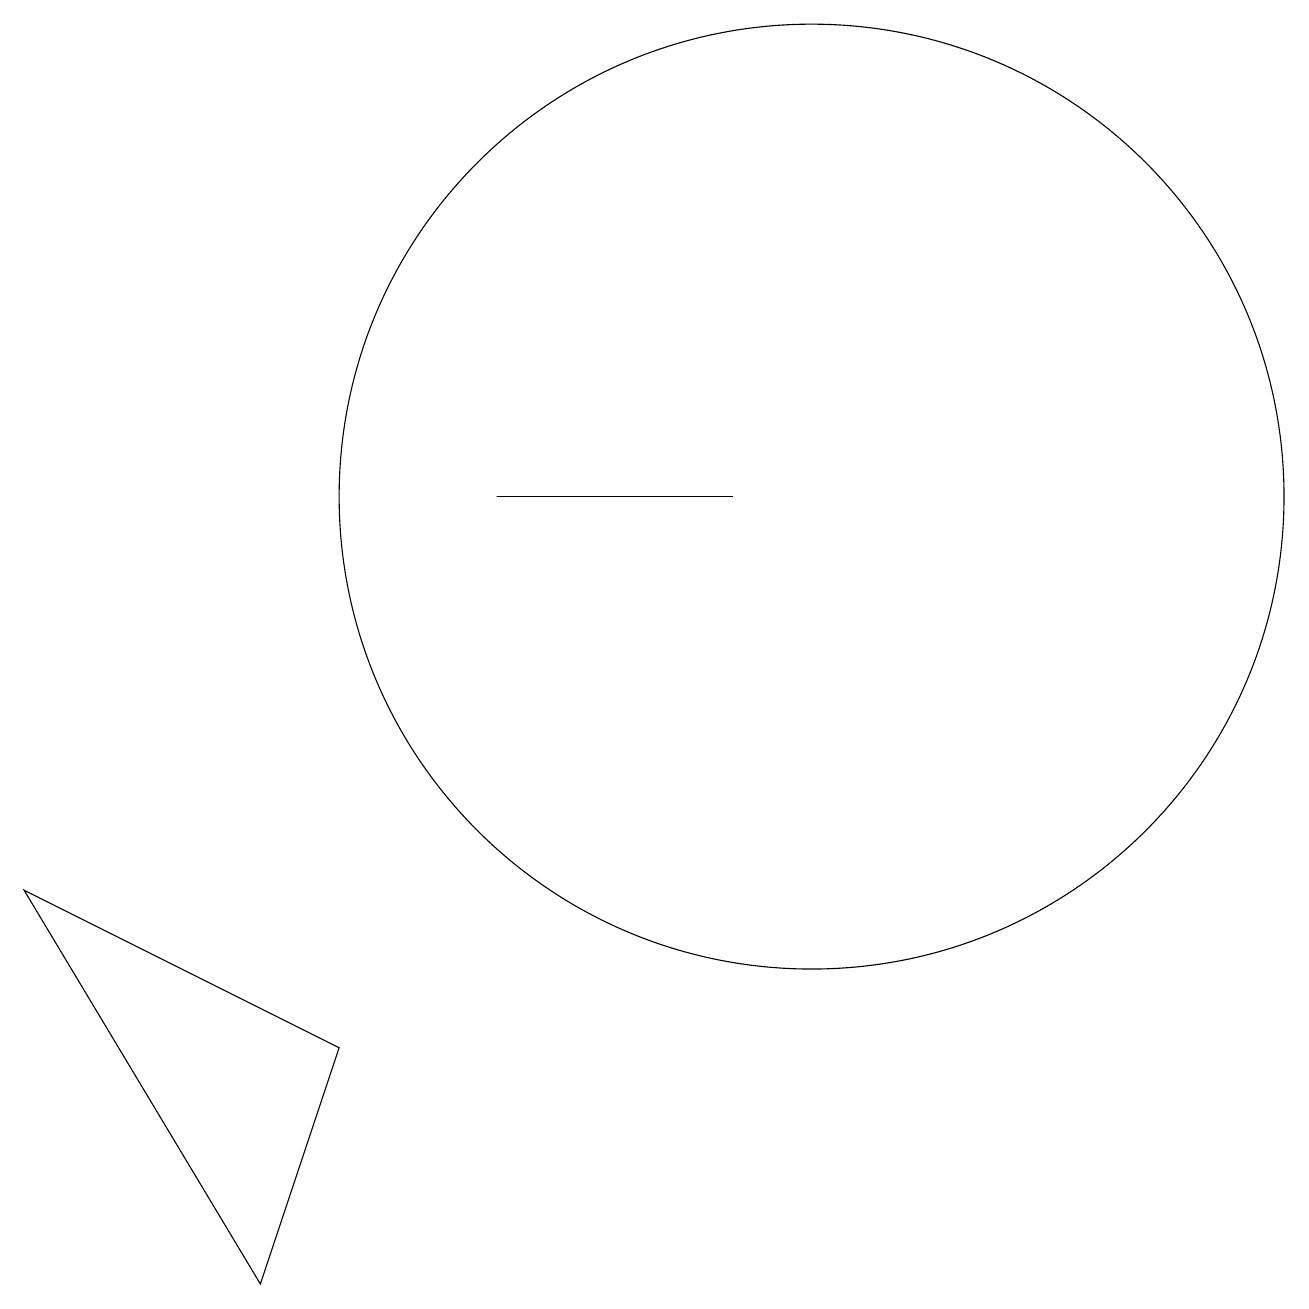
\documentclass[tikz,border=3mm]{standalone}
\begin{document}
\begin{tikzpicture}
\draw (10,11) circle (6);
\draw (0,6) -- (4,4) -- (3,1) -- cycle;
\draw (9,11) rectangle (6,11);
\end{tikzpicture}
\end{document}